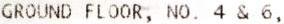
GROUND FLOOR, NO. 4 & 6,